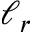
\ell _ { r }